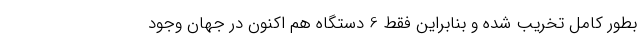
بطور کامل تخریب شده و بنابراین فقط 6 دستگاه هم اکنون در جهان وجود